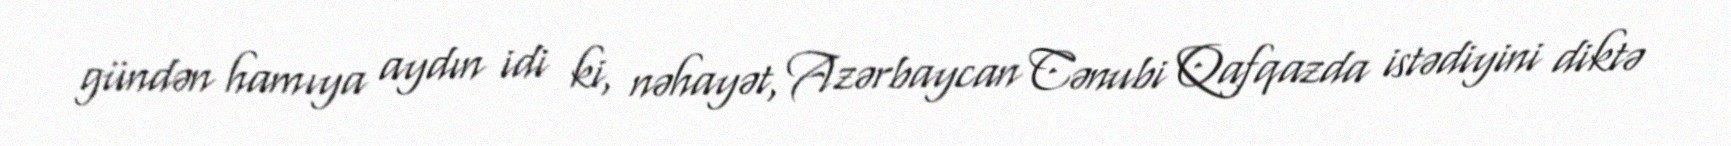
gündən hamıya aydın idi ki, nəhayət, Azərbaycan Cənubi Qafqazda istədiyini diktə